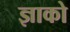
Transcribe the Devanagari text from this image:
ज्ञाको